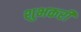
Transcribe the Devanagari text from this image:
शुभकरी